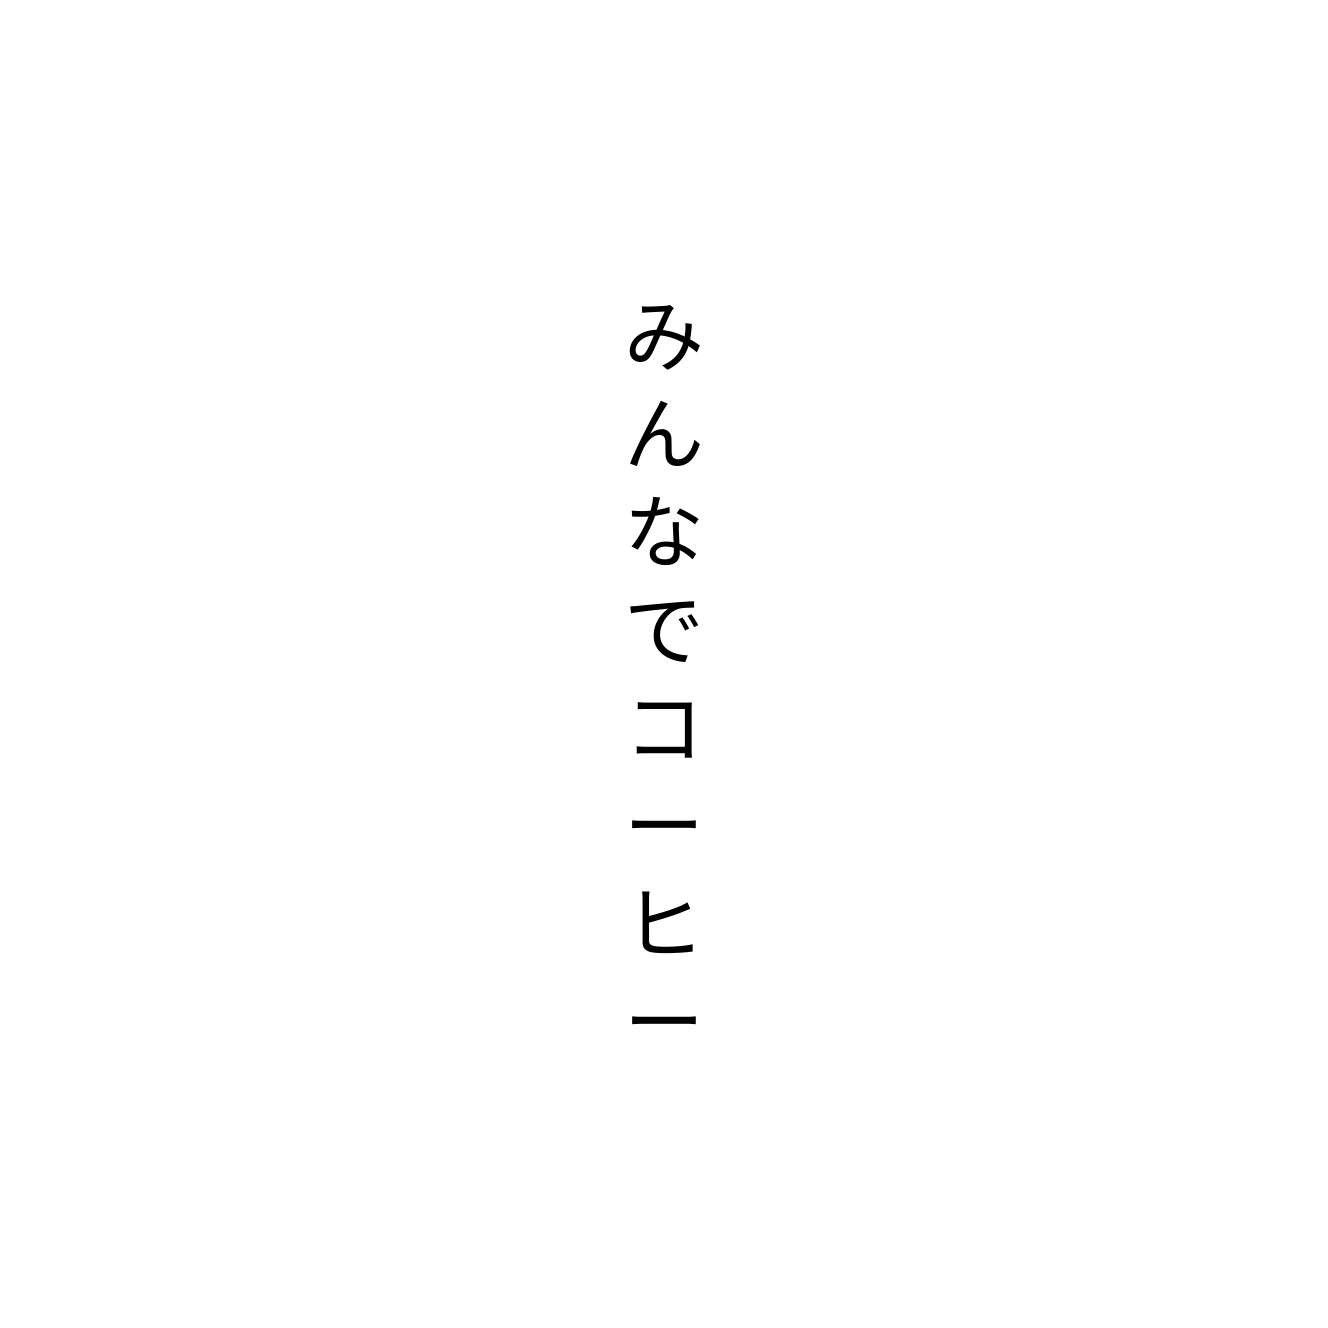
みんなでコーヒー